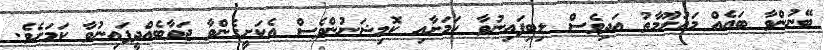
ބޭނުންވާ ބައެއް މައުލޫމާތު އަދިވެސް ލިބިފައިނުވާ ކަމަށާއި ކޮމިޝަނުންވެސް އެކަށީގެންވާ ޖަވާބެއްދީފައިނުވާ ކަމަށެވެ.